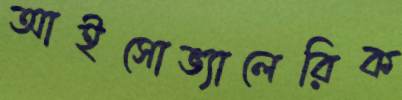
আইসোভ্যালেরিক